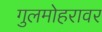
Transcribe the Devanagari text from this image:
गुलमोहरावर